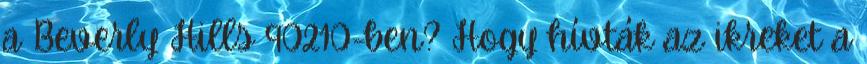
a Beverly Hills 90210-ben? Hogy hívták az ikreket a